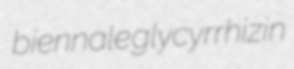
biennale glycyrrhizin